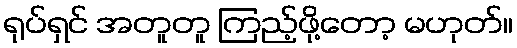
ရုပ်ရှင် အတူတူ ကြည့်ဖို့တော့ မဟုတ်။